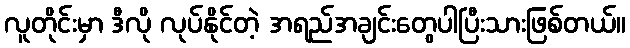
လူတိုင်းမှာ ဒီလို လုပ်နိုင်တဲ့ အရည်အချင်းတွေပါပြီးသားဖြစ်တယ်။